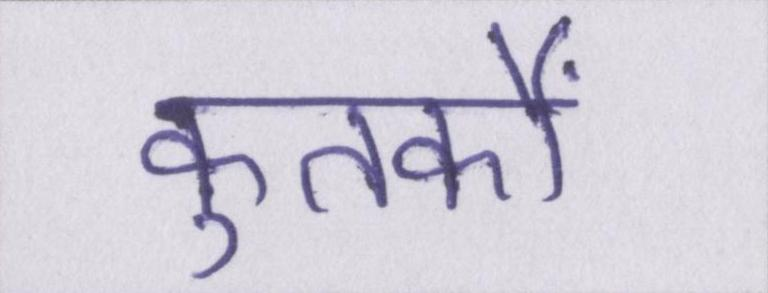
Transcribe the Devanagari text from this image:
कुतर्कों